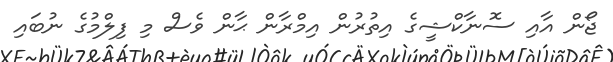
ޖޯން އާއި ސޮނާކްޝީގެ އިތުރުން އިމްރާން ޙާން ވެސް މި ފިލްމުގެ ނުބައި